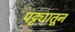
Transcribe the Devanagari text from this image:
पट्ट्यातून